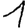
Digit: 1